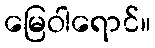
မြေဝါရောင်။